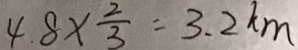
4 . 8 \times \frac { 2 } { 3 } = 3 . 2 k m